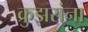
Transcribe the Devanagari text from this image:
क्रुझरांना